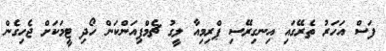
ފަސް އަހަރު ތެރޭގައި އިނގިރޭސި ޕްރިމިއާ ލީގު ޗެމްޕިއަންކަން ހޯދި ޓީމަކަށް ޖެހިގެން